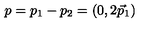
p = p _ { 1 } - p _ { 2 } = ( 0 , 2 \vec { p } _ { 1 } )